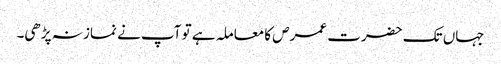
جہاں تک حضرت عمرص کا معاملہ ہے تو آپ نے نماز نہ پڑھی۔